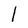
Character: l